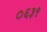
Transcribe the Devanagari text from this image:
०६३९